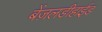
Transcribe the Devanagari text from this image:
बेंज़लडीहाईड